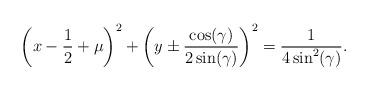
LaTeX: \begin{align*}\displaystyle \left(x-\frac{1}{2}+\mu\right)^2 + \left(y \pm \frac{ \cos(\gamma) }{2 \sin(\gamma)}\right)^2 = \frac{1}{4 \sin^2(\gamma)}.\end{align*}